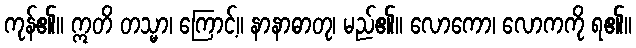
ကုန်၏။ ဣတိ တသ္မာ၊ ကြောင့်။ နာနာဓာတု၊ မည်၏။ လောကော၊ လောကကို ရ၏။